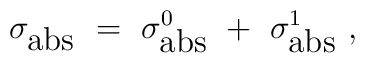
\sigma_{\mbox{abs}}~=~\sigma_{\mbox{abs}}^{0}~+~\sigma_{\mbox{abs}}^{1}~,